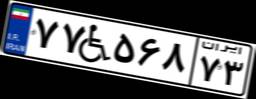
۷۹W۸۵۱۱۲